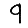
Digit: 9